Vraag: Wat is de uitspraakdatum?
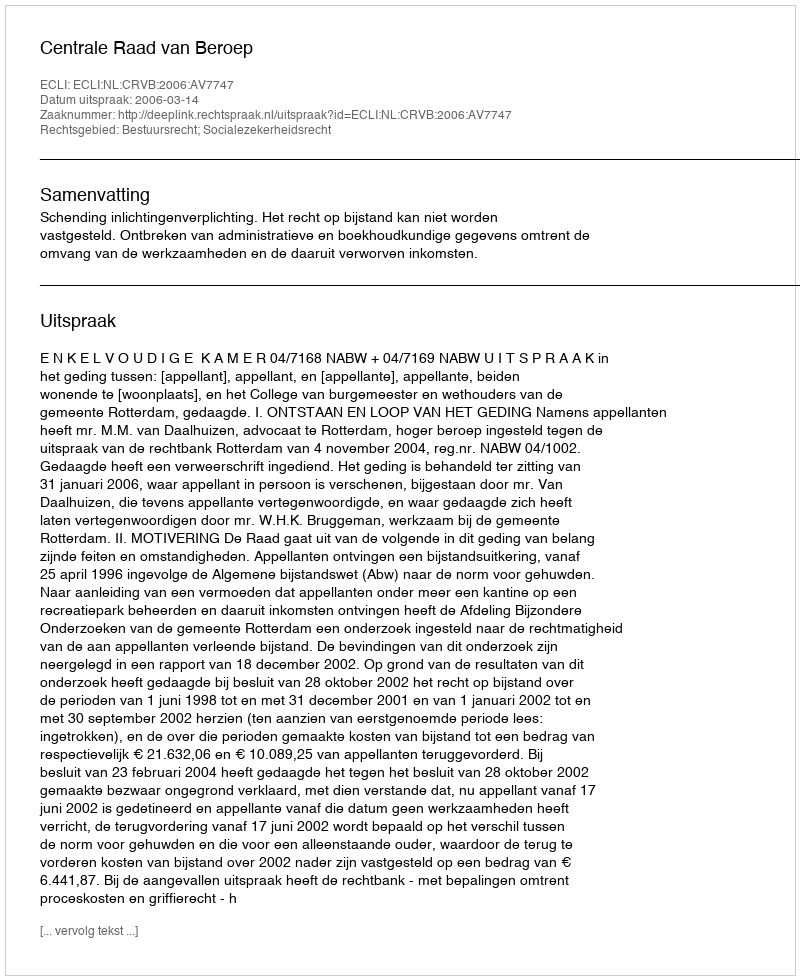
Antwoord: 2006-03-14